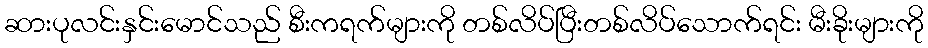
ဆားပုလင်းနှင်းမောင်သည် စီးကရက်များကို တစ်လိပ်ပြီးတစ်လိပ်သောက်ရင်း မီးခိုးများကို